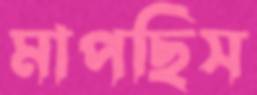
মাপছিস